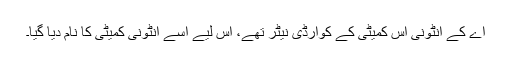
اے کے انٹونی اس کمیٹی کے کوآرڈی نیٹر تھے، اس لیے اسے انٹونی کمیٹی کا نام دیا گیا۔